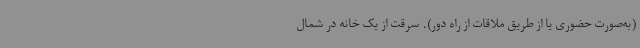
(به‌صورت حضوری یا از طریق ملاقات از راه دور). سرقت از یک خانه در شمال